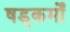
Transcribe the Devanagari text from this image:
षड्कर्मों